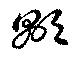
顯